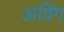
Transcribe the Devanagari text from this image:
अविंग